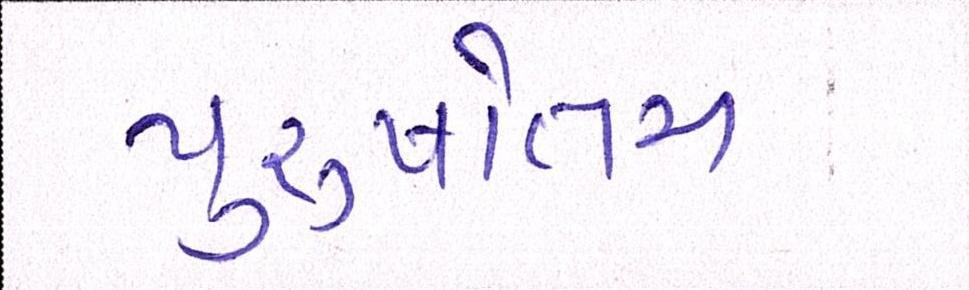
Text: પુરુષોત્તમ